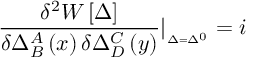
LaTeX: \frac { \delta ^ { 2 } W \left[ \Delta \right] } { \delta \Delta _ { B } ^ { A } \left( x \right) \delta \Delta _ { D } ^ { C } \left( y \right) } | _ { _ { \Delta = \Delta ^ { 0 } } } = i